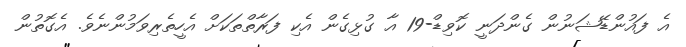
އެ ފައުންޑޭޝަނުން ގެންދަނީ ކޮވިޑް-19 އާ ގުޅިގެން އެކި ފަރާތްތަކަށް އެހީތެރިވަމުންނެވެ. އެގޮތުން